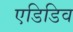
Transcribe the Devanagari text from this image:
एडिडिव